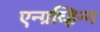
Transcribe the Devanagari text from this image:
एन्ग्रव्हिन्ग